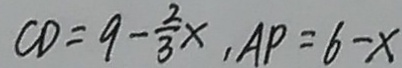
C D = 9 - \frac { 2 } { 3 } x , A P = 6 - x